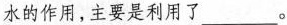
水的作用，主要是利用了___。